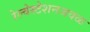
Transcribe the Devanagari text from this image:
रेल्वेस्टेशनजवळ